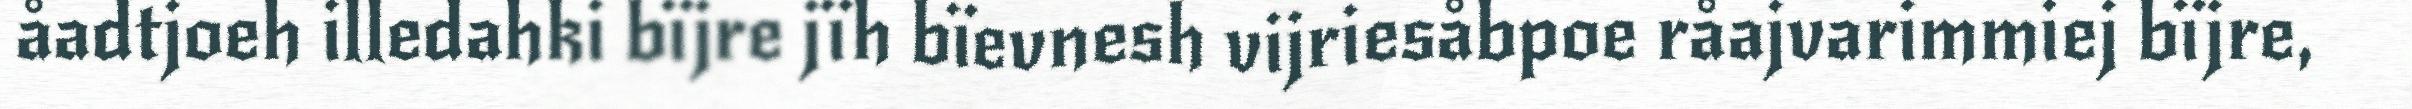
åadtjoeh illedahki bïjre jïh bïevnesh vijriesåbpoe råajvarimmiej bïjre,